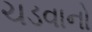
ચડવાનો